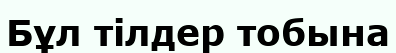
Бұл тілдер тобына